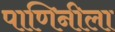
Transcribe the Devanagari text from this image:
पाणिनीला